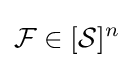
{\mathcal {F}}\in [{\mathcal {S}}]^{n}